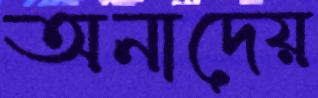
অনাদেয়